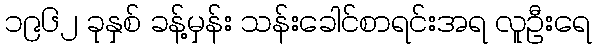
၁၉၆၂ ခုနှစ် ခန့်မှန်း သန်းခေါင်စာရင်းအရ လူဦးရေ